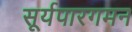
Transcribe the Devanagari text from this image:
सूर्यपारगमन